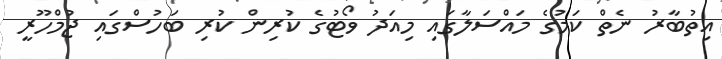
އިތުބާރު ނެތް ކަމުގެ މައްސަލާގައި މިއަދު ވޯޓުގެ ކުރިން ކުރި ބަހުސްގައި ޖުމްހޫރީ